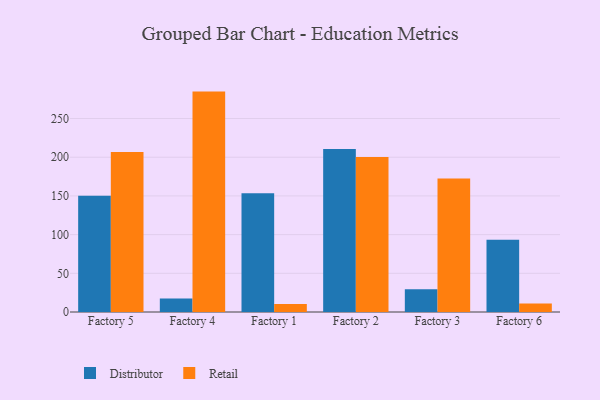
{"axis": {"x": "Factory", "y": "Energy Usage (MWh)"}, "legend": ["Distributor", "Retail"], "data": [{"x": "Factory 5", "y": 150.1, "type": "Distributor"}, {"x": "Factory 5", "y": 206.6, "type": "Retail"}, {"x": "Factory 4", "y": 17.6, "type": "Distributor"}, {"x": "Factory 4", "y": 284.8, "type": "Retail"}, {"x": "Factory 1", "y": 153.5, "type": "Distributor"}, {"x": "Factory 1", "y": 10.4, "type": "Retail"}, {"x": "Factory 2", "y": 210.7, "type": "Distributor"}, {"x": "Factory 2", "y": 200.3, "type": "Retail"}, {"x": "Factory 3", "y": 29.5, "type": "Distributor"}, {"x": "Factory 3", "y": 172.4, "type": "Retail"}, {"x": "Factory 6", "y": 93.3, "type": "Distributor"}, {"x": "Factory 6", "y": 11.1, "type": "Retail"}]}